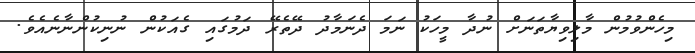
މިހެންވުމުން މާލިވިޔާތަނަށް ނުދާ މީހަކު ނަމަ ދެނަމާދު ދޭތެރޭ ދަމުގައި ގެއަކުން ނުނިކުންނާނެއެވެ.